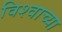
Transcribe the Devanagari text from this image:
विश्‍वाच्‍या